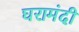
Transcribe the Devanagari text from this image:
घरामंदी